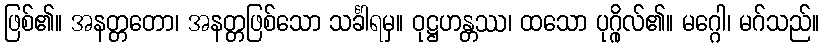
ဖြစ်၏။ အနတ္တတော၊ အနတ္တဖြစ်သော သင်္ခါရမှ။ ဝုဋ္ဌဟန္တဿ၊ ထသော ပုဂ္ဂိုလ်၏။ မဂ္ဂေါ၊ မဂ်သည်။